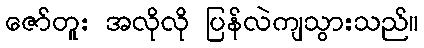
ဇော်တူး အလိုလို ပြန်လဲကျသွားသည်။